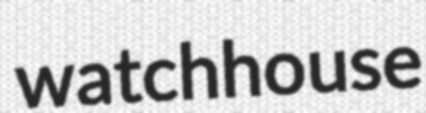
watchhouse